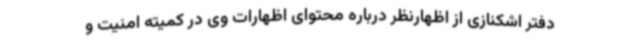
دفتر اشکنازی از اظهارنظر درباره محتوای اظهارات وی در کمیته امنیت و